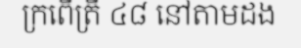
ក្រពើត្រី ៤៨ នៅតាមដង